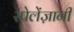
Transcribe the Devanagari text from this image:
स्पेलेंज़ानी